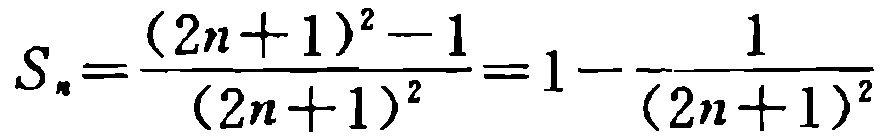
\[S_{n}=\frac{(2n + 1)^{2}-1}{(2n + 1)^{2}}=1-\frac{1}{(2n + 1)^{2}}\]